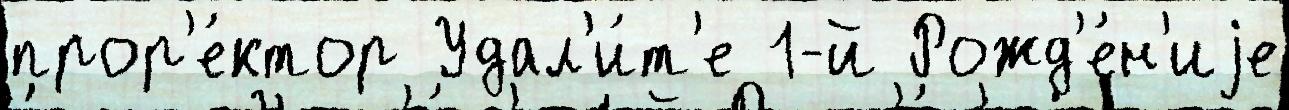
прор'е́ктор Удал'и́т'е 1-й Рожд'е́н'иjе